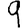
Digit: 9